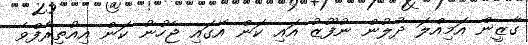
ގާޒީން އަމިއްލަ ދުލުން ނުފޫޒު އައި ކަން އޭގައި ޖެހުނު ކަން އިއުތިރާފްވެ